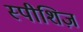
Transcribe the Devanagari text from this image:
स्पीशिज़